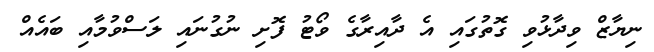
ނިޔާޒް ވިދާޅުވި ގޮތުގައި އެ ދާއިރާގެ ވޯޓު ފޮށި ނުގުނައި ލަސްވުމާއި ބައެއް